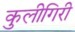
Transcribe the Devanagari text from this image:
कुलीगिरी